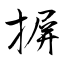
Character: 摒